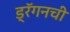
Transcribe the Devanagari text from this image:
ड्रॅगनची